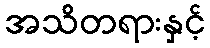
အသိတရားနှင့်